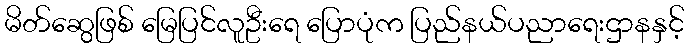
မိတ်ဆွေဖြစ် မြေပြင်လူဦးရေ ပြောပုံက ပြည်နယ်ပညာရေးဌာနနှင့်